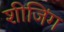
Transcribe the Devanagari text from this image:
शीजिंग